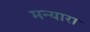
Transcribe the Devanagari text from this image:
मन्यारा